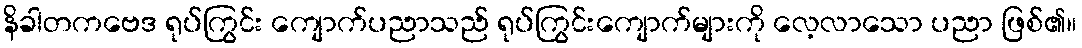
နိခါတကဗေဒ ရုပ်ကြွင်း ကျောက်ပညာသည် ရုပ်ကြွင်းကျောက်များကို လေ့လာသော ပညာ ဖြစ်၏။